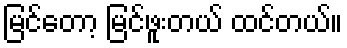
မြင်တော့ မြင်ဖူးတယ် ထင်တယ်။